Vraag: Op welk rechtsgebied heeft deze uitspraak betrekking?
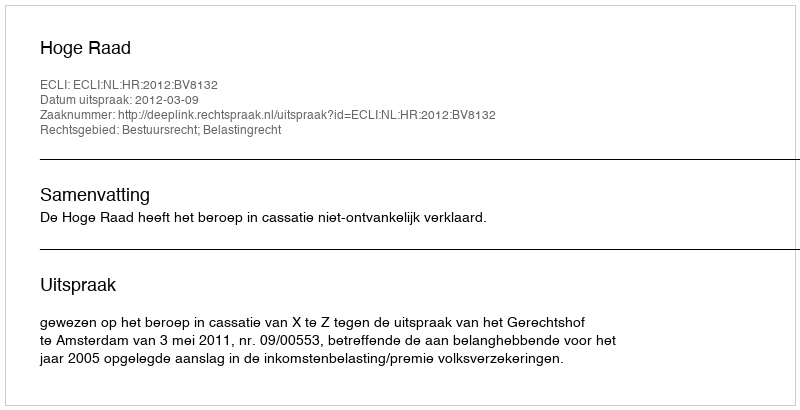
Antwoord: Bestuursrecht; Belastingrecht